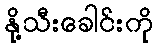
နို့သီးခေါင်းကို